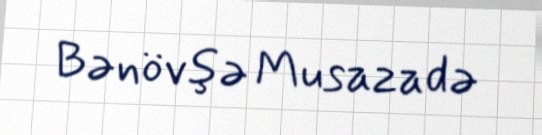
Bənövşə Musazadə